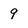
Character: 9